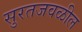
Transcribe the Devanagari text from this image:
सुरतजवळील